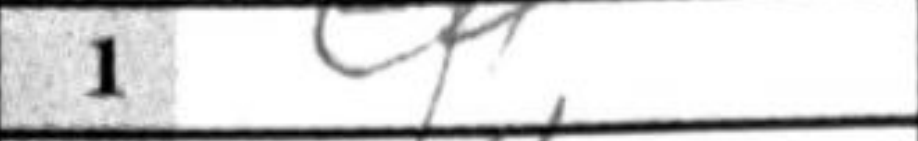
Transcription: c4